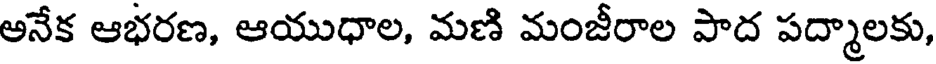
అనేక ఆభరణ, ఆయుధాల, మణి మంజీరాల పాద పద్మాలకు,